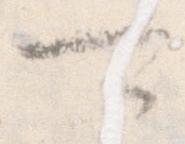
可